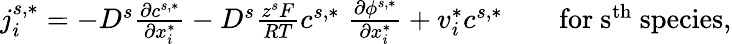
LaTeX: \begin{array}{r}{j_{i}^{s,*}=-D^{s}\frac{\partial c^{s,*}}{\partial x_{i}^{*}}-D^{s}\frac{z^{s}F}{RT}c^{s,*}\; \frac{\partial\phi^{s,*}}{\partial x_{i}^{*}}+v_{i}^{*}c^{s,*}\quad\quad\mathrm{\mathrm{for~s^{th}~species,}}}\end{array}